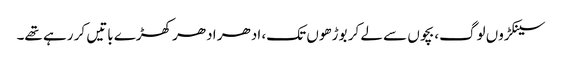
سینکڑوں لوگ، بچوں سے لے کر بوڑھوں تک، ادھر ادھر کھڑے باتیں کر رہے تھے۔